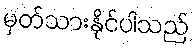
မှတ်သားနိုင်ပါသည်